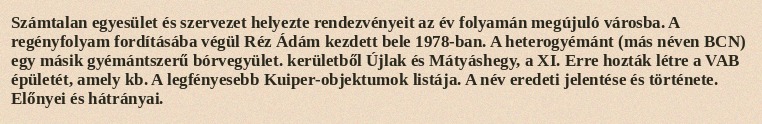
Számtalan egyesület és szervezet helyezte rendezvényeit az év folyamán megújuló városba. A regényfolyam fordításába végül Réz Ádám kezdett bele 1978-ban. A heterogyémánt (más néven BCN) egy másik gyémántszerű bórvegyület. kerületből Újlak és Mátyáshegy, a XI. Erre hozták létre a VAB épületét, amely kb. A legfényesebb Kuiper-objektumok listája. A név eredeti jelentése és története. Előnyei és hátrányai.